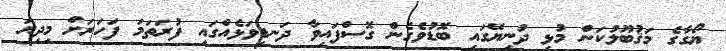
ޔޯގާގެ މަޤުބޫލުކަން މުޅި ދުނިޔޭގައި ބޮޑުވެގެން ގޮސްފައިވާ ދަނޑިވަޅެއްގައި ފުރަތަމަ ފަހަރަށް މިދިޔަ